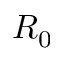
R _ { 0 }